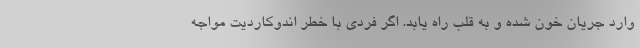
وارد جریان خون شده و به قلب راه یابد. اگر فردی با خطر اندوکاردیت مواجه